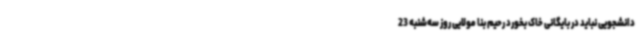
دانشجویی نباید در بایگانی خاک بخورد رحیم بنا مولایی روز سه‌شنبه 23